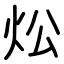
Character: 炂